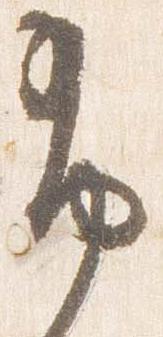
布